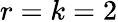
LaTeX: r=k=2